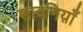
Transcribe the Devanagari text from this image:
सावनिय़ाँ